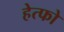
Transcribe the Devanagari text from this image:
हेत्फो